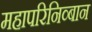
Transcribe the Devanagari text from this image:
महापरिनिव्बान